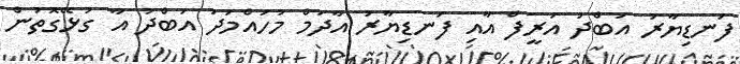
ފަނޑިޔާރު އަބްދު އަރީފް އާއި ފަނޑިޔާރު އާދަމް މުހައްމަދު އަބްދު އާ ގުޅޭގޮތުން